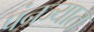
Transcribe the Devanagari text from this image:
पंनज्यात